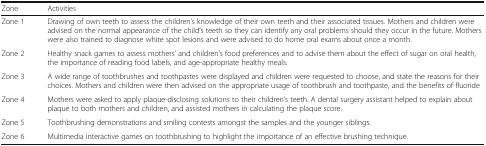
| Zone | Activities |
 | --- | --- |
 | Zone 1 | Drawing of own teeth to assess the children’s knowledge of their own teeth and their associated tissues. Mothers and children were advised on the normal appearance of the child’s teeth so they can identify any oral problems should they occur in the future. Mothers were also trained to diagnose white spot lesions and were advised to do home oral exams about once a month. |
 | Zone 2 | Healthy snack games to assess mothers’ and children’s food preferences and to advise them about the effect of sugar on oral health, the importance of reading food labels, and age-appropriate healthy meals. |
 | Zone 3 | A wide range of toothbrushes and toothpastes were displayed and children were requested to choose, and state the reasons for their choices. Mothers and children were then advised on the appropriate usage of toothbrush and toothpaste, and the benefits of fluoride |
 | Zone 4 | Mothers were asked to apply plaque-disclosing solutions to their children’s teeth. A dental surgery assistant helped to explain about plaque to both mothers and children, and assisted mothers in calculating the plaque score. |
 | Zone 5 | Toothbrushing demonstrations and smiling contests amongst the samples and the younger siblings. |
 | Zone 6 | Multimedia interactive games on toothbrushing to highlight the importance of an effective brushing technique. |